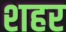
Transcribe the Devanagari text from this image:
श्‍ाहर